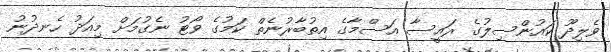
ވެލިދޫ ކައުންސިލުގެ ރައީސާ އަސްމާގެ އިތުބާރުނެތް ކަމުގެ ވޯޓު ނެގުމަށް މިއަދު ހެނދުނު